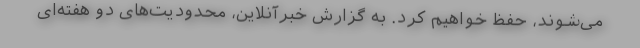
می‌شوند، حفظ خواهیم کرد. به گزارش خبرآنلاین، محدودیت‌های دو هفته‌ای